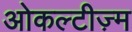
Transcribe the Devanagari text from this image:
ओकल्टीज़्म